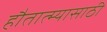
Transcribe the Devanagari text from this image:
हौतात्म्यासाठी